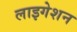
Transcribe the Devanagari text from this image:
लाइगेशन